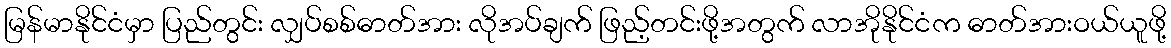
မြန်မာနိုင်ငံမှာ ပြည်တွင်း လျှပ်စစ်ဓာတ်အား လိုအပ်ချက် ဖြည့်တင်းဖို့အတွက် လာအိုနိုင်ငံက ဓာတ်အားဝယ်ယူဖို့